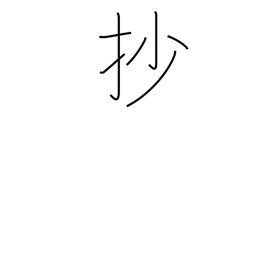
Meaning: summary